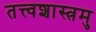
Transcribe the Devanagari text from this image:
तत्त्वशास्त्रमु